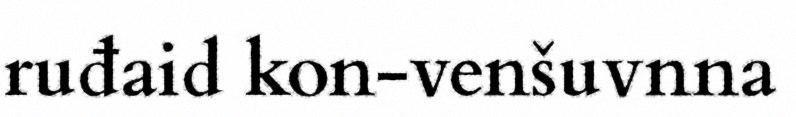
ruđaid kon-venšuvnna